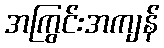
အကြွင်းအကျန်